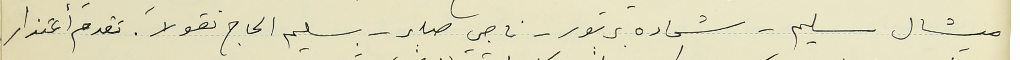
ميشال سليم – شحاده بربور - ناجي صابر - سليم الحاج نقولا. تقدم أعتذار